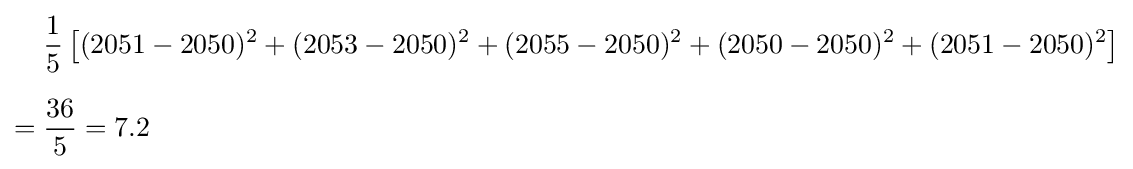
{\begin{aligned}{}&{\frac {1}{5}}\left[(2051-2050)^{2}+(2053-2050)^{2}+(2055-2050)^{2}+(2050-2050)^{2}+(2051-2050)^{2}\right]\\[6pt]={}&{\frac {36}{5}}=7.2\end{aligned}}